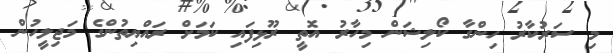
މި ސަރުކާރު ހިންގާ ކޯލިޝަން މިހާރު އޮތީ ރޫޅިފައި ކަމަށް ރައްޔިތުންގެ މަޖިލީހުން